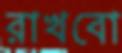
রাখবো